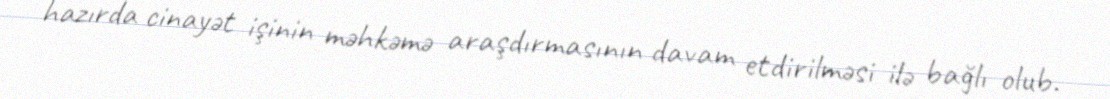
hazırda cinayət işinin məhkəmə araşdırmasının davam etdirilməsi ilə bağlı olub.